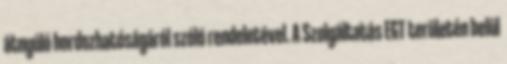
átnyúló hordozhatóságáról szóló rendeletével. A Szolgáltatás EGT területén belül